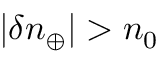
| \delta n _ { \oplus } | > n _ { 0 }